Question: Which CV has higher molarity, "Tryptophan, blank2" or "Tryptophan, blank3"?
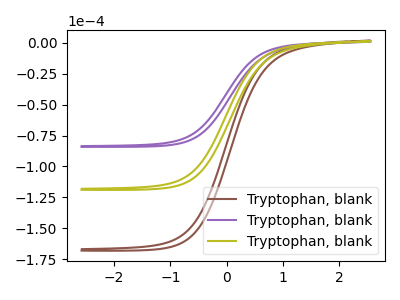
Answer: <think>The brown curve "Tryptophan, blank1" has no peaks. The purple curve "Tryptophan, blank2" has no peaks. The olive curve "Tryptophan, blank3" has no peaks.
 Neither "Tryptophan, blank2" or "Tryptophan, blank3" have any peaks.</think>
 <answer>I cant tell if "Tryptophan, blank2" or "Tryptophan, blank3" has higher concentration.</answer>
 <eval>mixed_concentration</eval>